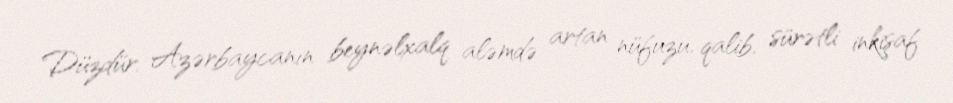
Düzdür, Azərbaycanın beynəlxalq aləmdə artan nüfuzu, qalib, sürətli inkişaf